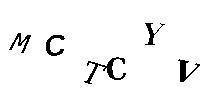
MCTCYV